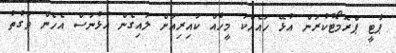
ޕާޓީ ޕްރޮމޯޓުކުރަން އުޅޭ ހައެއްކަ މީހެއް ކައިރިއަށް ލައިގެން އުޅުނަސް އެހެން ވަގުތު